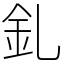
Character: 釓